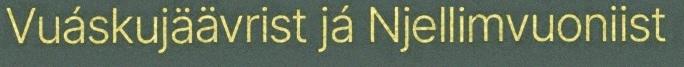
Vuáskujäävrist já Njellimvuoniist